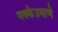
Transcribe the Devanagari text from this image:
मक्केप्रमाणे